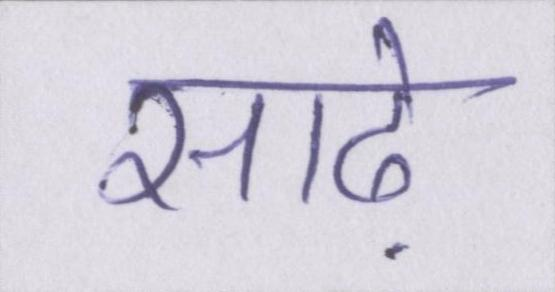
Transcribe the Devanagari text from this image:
साढ़े